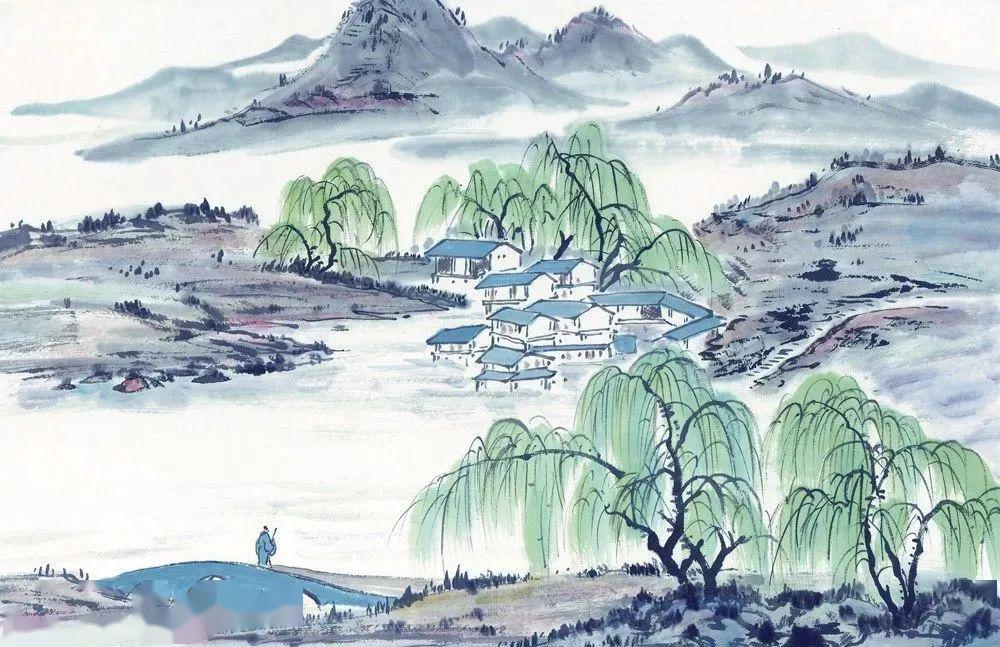
问渠那得清如许？为有源头活水来。